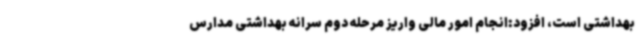
بهداشتی است، افزود:انجام امور مالی واریز مرحله دوم سرانه بهداشتی مدارس